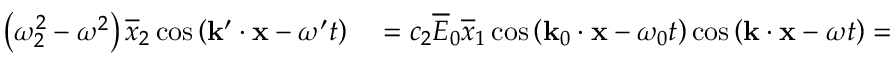
\begin{array} { r l } { \left( \omega _ { 2 } ^ { 2 } - \omega ^ { 2 } \right) \overline { { x } } _ { 2 } \cos \left( \mathbf { k } ^ { \prime } \cdot \mathbf { x } - \omega ^ { \prime } t \right) } & { { } = c _ { 2 } \overline { { E } } _ { 0 } \overline { { x } } _ { 1 } \cos \left( \mathbf { k } _ { 0 } \cdot \mathbf { x } - \omega _ { 0 } t \right) \cos \left( \mathbf { k } \cdot \mathbf { x } - \omega t \right) = } \end{array}